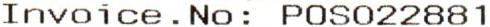
INVOICE.NO: POS022881